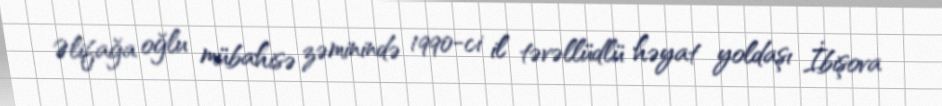
Əlifağa oğlu mübahisə zəminində 1990-ci il təvəllüdlü həyat yoldaşı İbişova